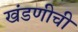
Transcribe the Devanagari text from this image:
खंडणीची